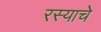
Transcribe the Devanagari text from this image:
रस्याचे